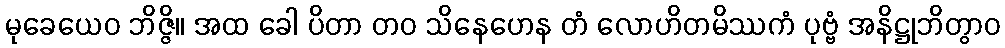
မုခေယေဝ ဘိဇ္ဇိ။ အထ ခေါ ပိတာ တဝ သိနေဟေန တံ လောဟိတမိဿကံ ပုဗ္ဗံ အနိဋ္ဌုဘိတွာဝ